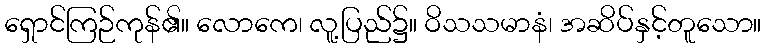
ရှောင်ကြဉ်ကုန်၏။ လောကေ၊ လူ့ပြည်၌။ ဝိသသမာနံ၊ အဆိပ်နှင့်တူသော။